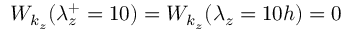
W _ { k _ { z } } ( \lambda _ { z } ^ { + } = 1 0 ) = W _ { k _ { z } } ( \lambda _ { z } = 1 0 h ) = 0